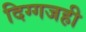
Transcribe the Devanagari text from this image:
दिग्गजही